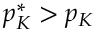
p _ { K } ^ { * } > p _ { K }